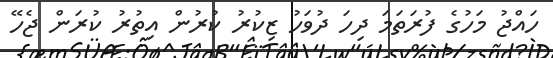
ހައްޖު މަހުގެ ފުރަތަމަ ދިހަ ދުވަހު ޒިކުރު ކުރުން އިތުރު ކުރަން ޖެހޭ